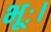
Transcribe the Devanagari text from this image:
भूः।